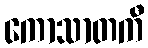
ကောသာတကီ